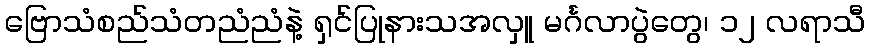
ဗြောသံစည်သံတညံညံနဲ့ ရှင်ပြုနားသအလှူ မင်္ဂလာပွဲတွေ၊ ၁၂ လရာသီ